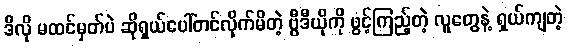
ဒီလို မထင်မှတ်ပဲ ဆိုရှယ်ပေါ်တင်လိုက်မိတဲ့ ဗွီဒီယိုကို ဖွင့်ကြည့်တဲ့ လူတွေနဲ့ ရှယ်ကျတဲ့